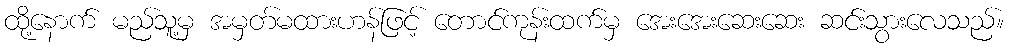
ထို့နောက် မည်သူ့မှ အမှတ်မထားဟန်ဖြင့် တောင်ကုန်းထက်မှ အေးအေးဆေးဆေး ဆင်းသွားလေသည်။